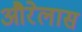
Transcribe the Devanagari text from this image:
औरेलास